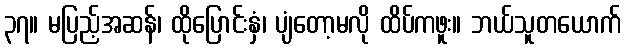
၃၇။ မပြည့်အဆန်၊ ထိုပြောင်းနှံ၊ ပျံတော့မလို ထိပ်ကဖူး။ ဘယ်သူတယောက်